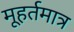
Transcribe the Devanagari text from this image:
मूहर्तमात्र